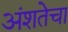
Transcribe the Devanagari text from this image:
अंशतेचा